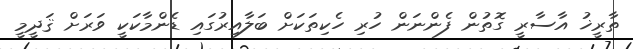
ތާރީޚު އާސާރީ ގޮތުން ފެންނަން ހުރި ހެކިތަކަށް ބަލާއިރުގައި ޑެންމާކަކީ ވަރަށް ޤަދީމީ